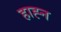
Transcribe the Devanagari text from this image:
हाह्न